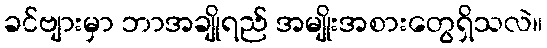
ခင်ဗျားမှာ ဘာအချိုရည် အမျိုးအစားတွေရှိသလဲ။